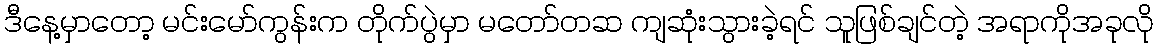
ဒီနေ့မှာတော့ မင်းမော်ကွန်းက တိုက်ပွဲမှာ မတော်တဆ ကျဆုံးသွားခဲ့ရင် သူဖြစ်ချင်တဲ့ အရာကိုအခုလို